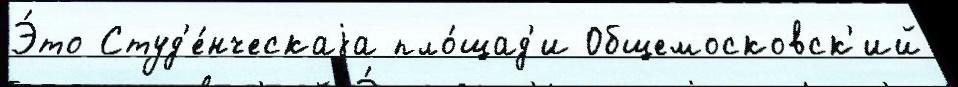
Э́то Студ'е́нческаjа пло́щад'и Общемосковск'ий